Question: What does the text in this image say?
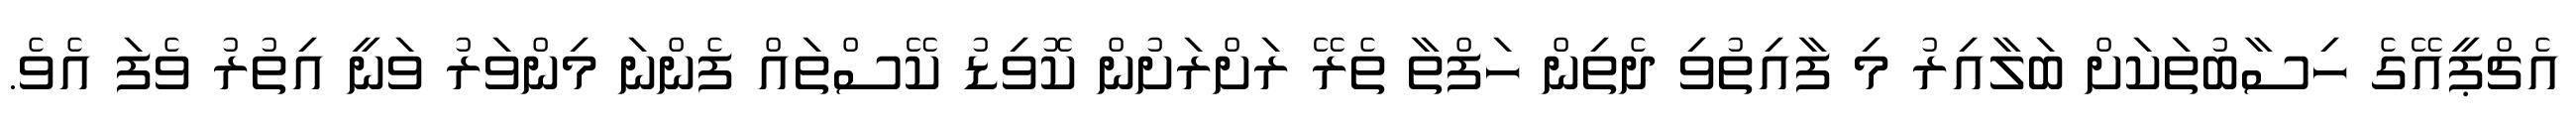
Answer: އެޗްޕީއޭގެ ހިސާބުތަކަށް ބަލާއިރު މި ފާއިތުވި ދެތިން ހަފްތާ ތެރޭ ރަށްރަށުން ކޮވިޑު ކޭސްތައް ފެންނަ މިންވަރު ވަނީ އިތުރު ވެފަ އެވެ.